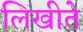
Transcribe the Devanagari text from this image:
लिखीते